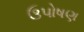
ઉપોષણ